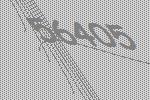
56405